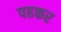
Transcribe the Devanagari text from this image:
पहकर